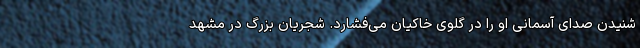
شنیدن صدای آسمانی او را در گلوی خاکیان می‌فشارد. شجریان بزرگ در مشهد